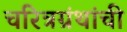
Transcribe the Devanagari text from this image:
चरित्रग्रंथांची